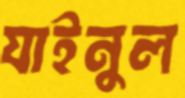
যাইনুল